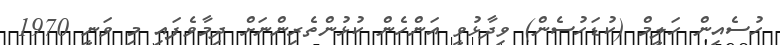
ހުސެއިން ހަލީމް (ކުޑަހުސެން) ވިދާޅުވީ އަންހެން ކުޅުންތެރިންނަށް ދިމާވެފައި މި ވަނީ 1970